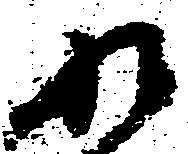
れ